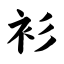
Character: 衫